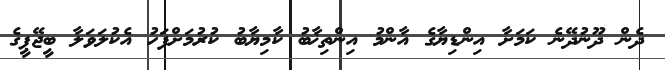
ދެން ދޫނުދޭނެ ކަމަށާ އިންޑިޔާގެ އާންމު އިންތިޚާބު ކާމިޔާބު ކުރުމަށްފަހު އެކުލަވަލާ ބީޖޭޕީގެ